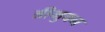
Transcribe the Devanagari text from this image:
त्रीभुवन